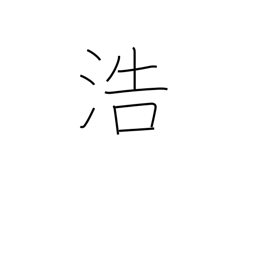
Meaning: abundance